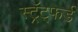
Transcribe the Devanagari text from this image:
स्ट्रॅट्फर्ड